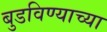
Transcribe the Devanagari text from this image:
बुडविण्याच्या